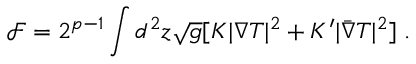
\mathcal F = 2 ^ { p - 1 } \int d ^ { 2 } z \sqrt { g } [ K | \nabla T | ^ { 2 } + K ^ { \prime } | \bar { \nabla } T | ^ { 2 } ] \; .